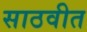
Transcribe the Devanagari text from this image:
साठवीत